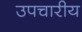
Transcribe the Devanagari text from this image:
उपचारीय